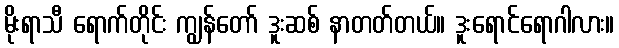
မိုးရာသီ ရောက်တိုင်း ကျွန်တော် ဒူးဆစ် နာတတ်တယ်။ ဒူးရောင်ရောဂါလား။